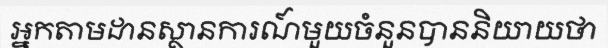
អ្នកតាមដានស្ថានការណ៍មួយចំនួនបាននិយាយថា